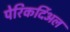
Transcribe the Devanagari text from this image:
पेरिकर्दिअल